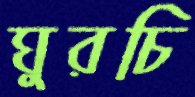
ঘুরচি